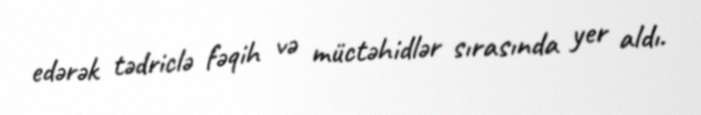
edərək tədriclə fəqih və müctəhidlər sırasında yer aldı.